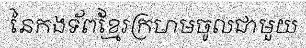
នៃកងទ័ពខ្មែរក្រហមចូលជាមួយ